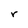
Character: r